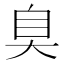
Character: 臭